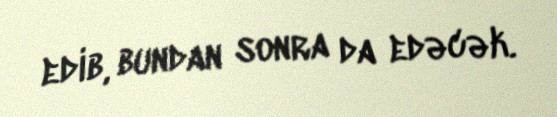
edib, bundan sonra da edəcək.